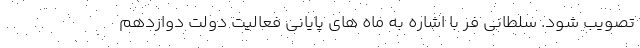
تصویب شود. سلطانی فر با اشاره به ماه های پایانی فعالیت دولت دوازدهم